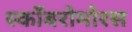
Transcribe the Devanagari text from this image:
स्काँबरोमोरस